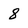
Character: 8